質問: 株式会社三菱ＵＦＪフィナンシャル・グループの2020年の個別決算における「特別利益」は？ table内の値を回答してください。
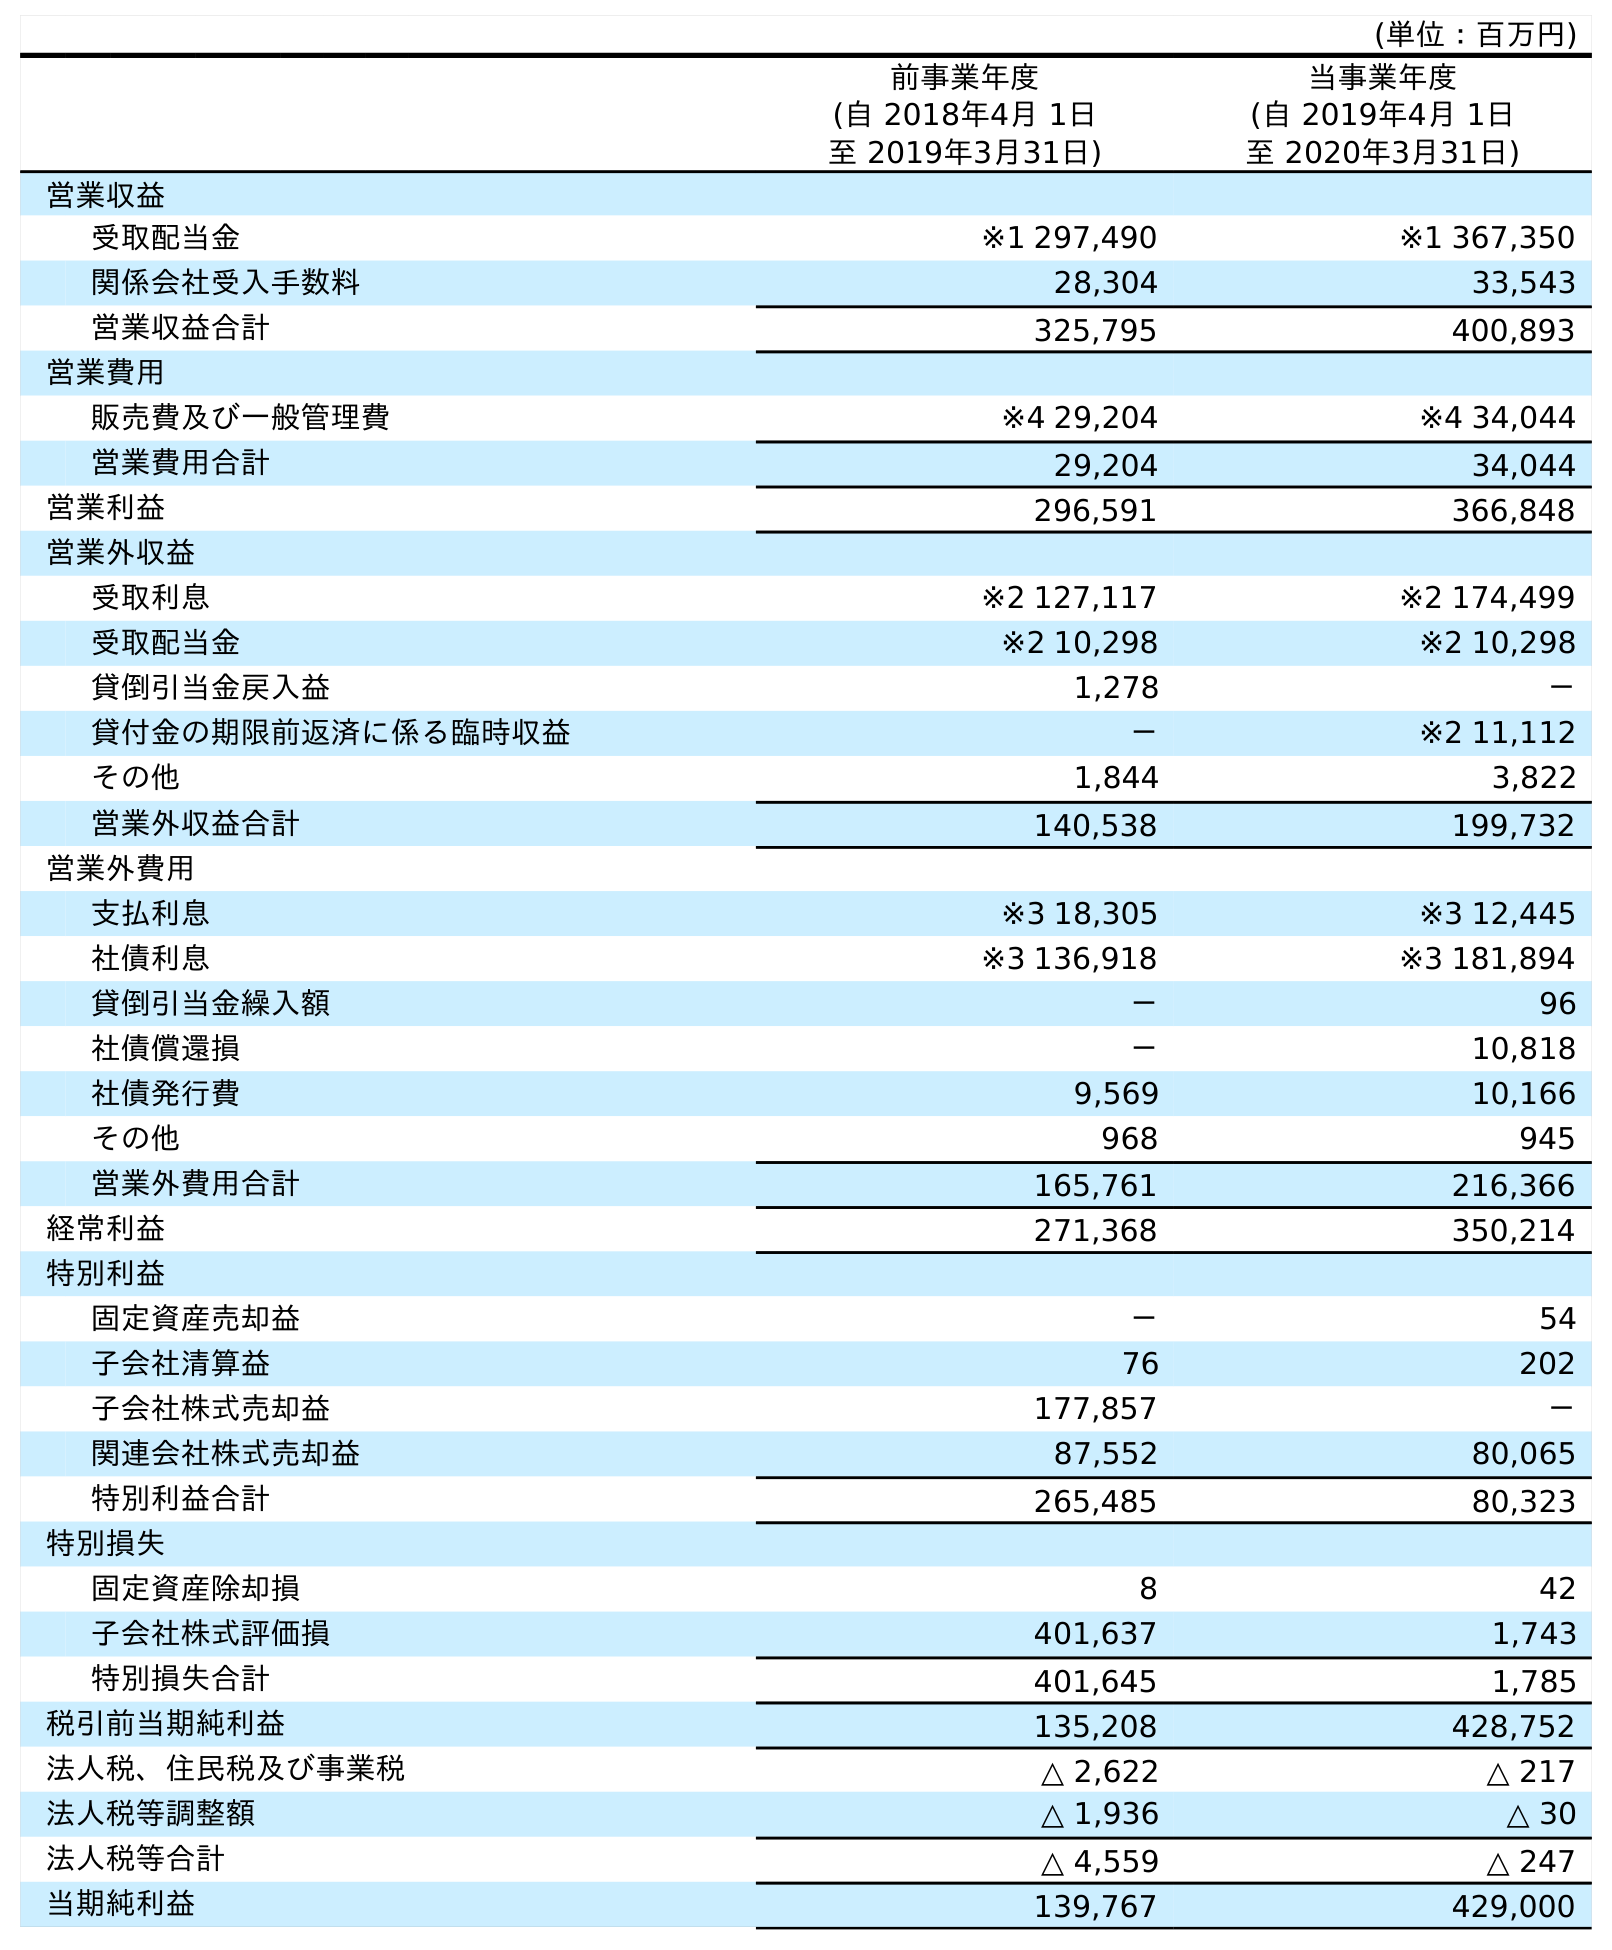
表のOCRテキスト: (単位：百万円) 前事業年度 (自 2018年4月 1日 至 2019年3月31日) 当事業年度 (自 2019年4月 1日 至 2020年3月31日) 営業収益 受取配当金 ※1 297,490 ※1 367,350 関係会社受入手数料 28,304 33,543 営業収益合計 325,795 400,893 営業費用 販売費及び一般管理費 ※4 29,204 ※4 34,044 営業費用合計 29,204 34,044 営業利益 296,591 366,848 営業外収益 受取利息 ※2 127,117 ※2 174,499 受取配当金 ※2 10,298 ※2 10,298 貸倒引当金戻入益 1,278 － 貸付金の期限前返済に係る臨時収益 － ※2 11,112 その他 1,844 3,822 営業外収益合計 140,538 199,732 営業外費用 支払利息 ※3 18,305 ※3 12,445 社債利息 ※3 136,918 ※3 181,894 貸倒引当金繰入額 － 96 社債償還損 － 10,818 社債発行費 9,569 10,166 その他 968 945 営業外費用合計 165,761 216,366 経常利益 271,368 350,214 特別利益 固定資産売却益 － 54 子会社清算益 76 202 子会社株式売却益 177,857 － 関連会社株式売却益 87,552 80,065 特別利益合計 265,485 80,323 特別損失 固定資産除却損 8 42 子会社株式評価損 401,637 1,743 特別損失合計 401,645 1,785 税引前当期純利益 135,208 428,752 法人税、住民税及び事業税 △ 2,622 △ 217 法人税等調整額 △ 1,936 △ 30 法人税等合計 △ 4,559 △ 247 当期純利益 139,767 429,000
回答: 80,323